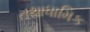
તથાધામિક